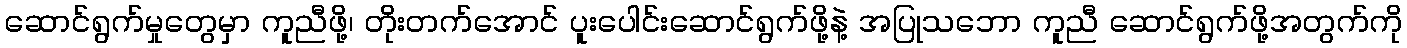
ဆောင်ရွက်မှုတွေမှာ ကူညီဖို့၊ တိုးတက်အောင် ပူးပေါင်းဆောင်ရွက်ဖို့နဲ့ အပြုသဘော ကူညီ ဆောင်ရွက်ဖို့အတွက်ကို